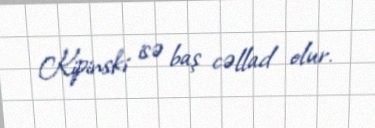
Kipinski isə baş cəllad olur.